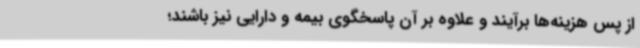
از پس هزینه‌ها برآیند و علاوه بر آن پاسخگوی بیمه و دارایی نیز باشند؛